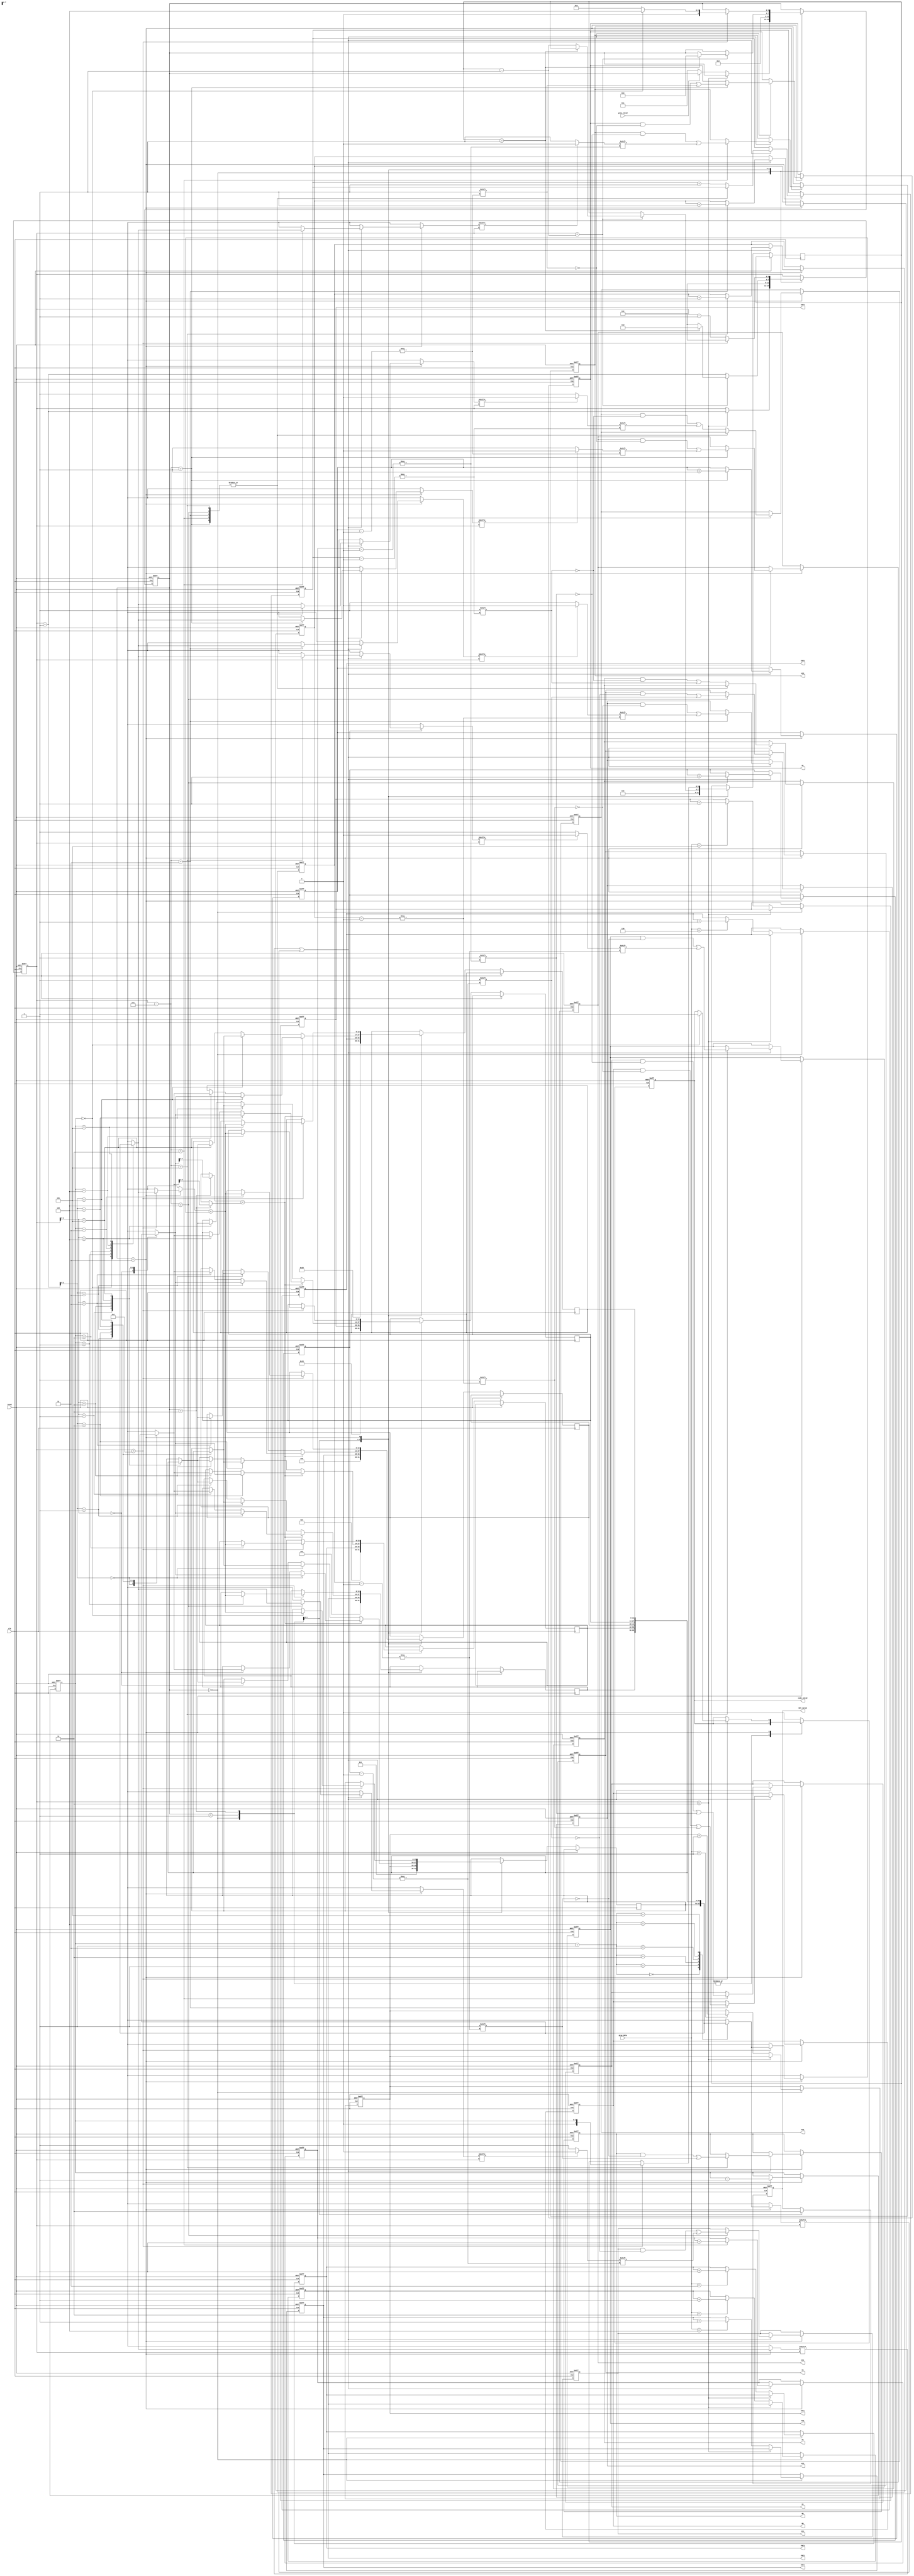
module huffman ( clk, reset, gray_valid, gray_data, CNT_valid, CNT1, CNT2, CNT3, CNT4, CNT5, CNT6,
code_valid, HC1, HC2, HC3, HC4, HC5, HC6, M1, M2, M3, M4, M5, M6);

input clk;
input reset;
input gray_valid;
input [7:0] gray_data;
output CNT_valid;
output [7:0] CNT1, CNT2, CNT3, CNT4, CNT5, CNT6;
output code_valid;
output [7:0] HC1, HC2, HC3, HC4, HC5, HC6;
output [7:0] M1, M2, M3, M4, M5, M6;

reg CNT_valid, code_valid;
reg [7:0] CNT1, CNT2, CNT3, CNT4, CNT5, CNT6;
reg [7:0] HC1, HC2, HC3, HC4, HC5, HC6;
reg [7:0] M1, M2, M3, M4, M5, M6;

reg [3:0] state;
reg [2:0] i1, i2, i3, i4, i5, i6; // count for assigning huffman code (HC1, HC2, ...)
reg [2:0] icomp;
reg [3:0] i, j;
reg [13:0] symbol[5:0]; // [7:0] for # of CNT, [13:8] for membership bit (000001 means symbol A1)

always @(posedge clk or posedge reset) 
begin

    if(reset)
    begin
        CNT_valid <= 0;
        code_valid <= 0;
        CNT1 <= 8'd0;
        CNT2 <= 8'd0;
        CNT3 <= 8'd0;
        CNT4 <= 8'd0;
        CNT5 <= 8'd0;
        CNT6 <= 8'd0;
        HC1 <= 8'd0;
        HC2 <= 8'd0;
        HC3 <= 8'd0;
        HC4 <= 8'd0;
        HC5 <= 8'd0;
        HC6 <= 8'd0;
        M1 <= 8'd0;
        M2 <= 8'd0;
        M3 <= 8'd0;
        M4 <= 8'd0;
        M5 <= 8'd0;
        M6 <= 8'd0;

        i <= 4'd0;
        icomp <= 3'd4;
        i1 <= 3'd0;
        i2 <= 3'd0;
        i3 <= 3'd0;
        i4 <= 3'd0;
        i5 <= 3'd0;
        i6 <= 3'd0;
        state <= 0;
    end
    else 
    begin
        case (state)
            0: begin // count for different gray scales
                if(i < 2) begin
                    i <= i + 4'd1;
                end
                else begin
                    state <= (gray_valid) ? state : 1;
                    case(gray_data)
                        8'h01: CNT1 <= CNT1 + 8'd1;
                        8'h02: CNT2 <= CNT2 + 8'd1;
                        8'h03: CNT3 <= CNT3 + 8'd1;
                        8'h04: CNT4 <= CNT4 + 8'd1;
                        8'h05: CNT5 <= CNT5 + 8'd1;
                        8'h06: CNT6 <= CNT6 + 8'd1;
                        default: CNT6 <= CNT6;
                    endcase
                end
            end
            1: begin // initialization
                CNT_valid <= 1;
                i <= 4'd0;
                j <= 4'd5;
                symbol[0] <= {6'b000001, CNT1};
                symbol[1] <= {6'b000010, CNT2};
                symbol[2] <= {6'b000100, CNT3};
                symbol[3] <= {6'b001000, CNT4};
                symbol[4] <= {6'b010000, CNT5};
                symbol[5] <= {6'b100000, CNT6};
                state <= 2;
            end
            2: begin // Bubble Sort
                CNT_valid <= 0;
                /* swap */
                if(symbol[i][7:0] < symbol[i + 4'd1][7:0]) begin
                    symbol[i] <= symbol[i + 4'd1];
                    symbol[i + 4'd1] <= symbol[i];
                end
                else begin
                    symbol[i] <= symbol[i];
                    symbol[i + 4'd1] <= symbol[i + 4'd1];
                end
                /* update index */
                if(i == j - 4'd1) begin
                    if(j == 4'd1) begin
                        i <= 4'd13;
                        state <= 3;
                    end
                    else begin
                        i <= 4'd0;
                        j <= j - 4'd1;
                    end 
                end
                else begin
                    i <= i + 4'd1;
                end
            end
            3: begin // encoding and combining
                if(symbol[icomp][i] || symbol[icomp + 3'd1][i]) 
                begin
                    case(i - 4'd7)
                        4'd1: begin
                            i1 <= i1 + 3'd1;
                            HC1[i1] <= (symbol[icomp][i]) ? 0 : 1;
                            M1[i1] <= 1;
                        end
                        4'd2: begin
                            i2 <= i2 + 3'd1;
                            HC2[i2] <= (symbol[icomp][i]) ? 0 : 1;
                            M2[i2] <= 1;
                        end
                        4'd3: begin
                            i3 <= i3 + 3'd1;
                            HC3[i3] <= (symbol[icomp][i]) ? 0 : 1;
                            M3[i3] <= 1;
                        end
                        4'd4: begin
                            i4 <= i4 + 3'd1;
                            HC4[i4] <= (symbol[icomp][i]) ? 0 : 1;
                            M4[i4] <= 1;
                        end
                        4'd5: begin
                            i5 <= i5 + 3'd1;
                            HC5[i5] <= (symbol[icomp][i]) ? 0 : 1;
                            M5[i5] <= 1;
                        end
                        default: begin
                            i6 <= i6 + 3'd1;
                            HC6[i6] <= (symbol[icomp][i]) ? 0 : 1;
                            M6[i6] <= 1;
                        end
                    endcase
                end
                else begin end

                if(i == 4'd8) begin
                    i <= 4'd0;
                    j <= icomp;
                    symbol[icomp] <= symbol[icomp] + symbol[icomp + 3'd1];
                    icomp <= icomp - 3'd1;

                    if(icomp == 0) begin
                        state <= 4;
                        code_valid <= 1;
                    end
                    else begin
                        state <= 2;
                    end
                end
                else begin
                    i <= i - 4'd1;
                    state <= state;
                end
            end
            default: begin
                code_valid <= 0;
            end
        endcase
    end

end
  
endmodule